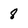
Character: 8